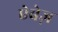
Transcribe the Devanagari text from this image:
ऐबेज़